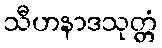
သီဟနာဒသုတ္တံ